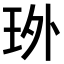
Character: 𤤫